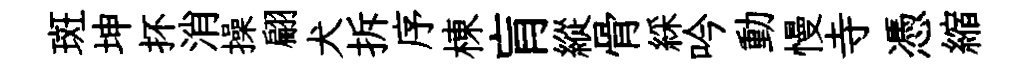
斑坤抔消操翩犬拆序棟肓縱骨綵吟動慢寺憑縮